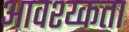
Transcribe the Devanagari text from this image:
आवश्य्कता